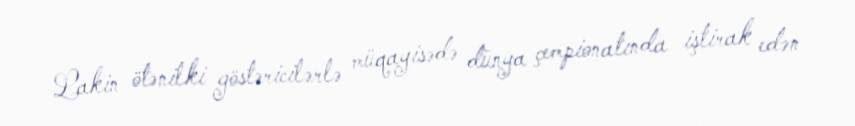
Lakin ötənilki göstəricilərlə müqayisədə dünya çempionatında iştirak edən